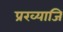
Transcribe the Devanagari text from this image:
प्रख्याजि